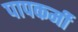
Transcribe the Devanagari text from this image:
पापकर्मी